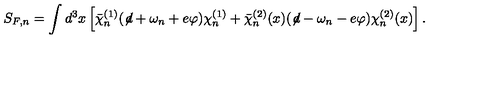
S _ { F , n } = \int d ^ { 3 } x \left[ { \bar { \chi } } _ { n } ^ { ( 1 ) } ( \not \! d + \omega _ { n } + e \varphi ) \chi _ { n } ^ { ( 1 ) } + { \bar { \chi } } _ { n } ^ { ( 2 ) } ( x ) ( \not \! d - \omega _ { n } - e \varphi ) \chi _ { n } ^ { ( 2 ) } ( x ) \right] .